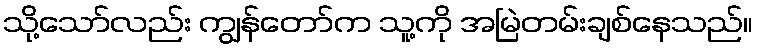
သို့သော်လည်း ကျွန်တော်က သူ့ကို အမြဲတမ်းချစ်နေသည်။